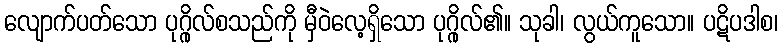
လျောက်ပတ်သော ပုဂ္ဂိုလ်စသည်ကို မှီဝဲလေ့ရှိသော ပုဂ္ဂိုလ်၏။ သုခါ၊ လွယ်ကူသော။ ပဋိပဒါစ၊